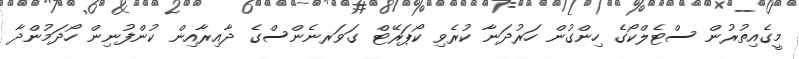
މީގެއިތުރުން ސްޓެލްކޯގެ ހިންގުން ހަރުދަނާ ކުރެވި ކޯޕަރޭޓް ގަވަރނެންސްގެ ދާއިރާއިން ކުންފުނިން ހޯދަމުންދާ